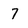
Character: 7